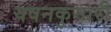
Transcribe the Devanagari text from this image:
यवनकुमारी